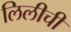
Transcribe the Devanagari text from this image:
लिलीची